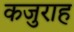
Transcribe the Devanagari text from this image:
कजुराह